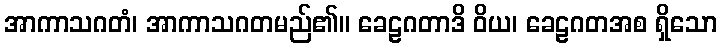
အာကာသဂတံ၊ အာကာသဂတမည်၏။ ခေဠဂတာဒိ ဝိယ၊ ခေဠဂတအစ ရှိသော